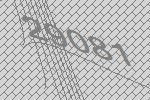
29081